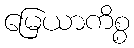
မြေယာကိစ္စ